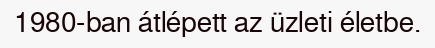
1980-ban átlépett az üzleti életbe.